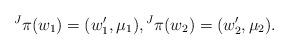
LaTeX: \begin{align*}\prescript J{}\pi(w_1) = (w_1', \mu_1),\prescript J{}\pi(w_2) = (w_2', \mu_2).\end{align*}